Report of the Municipal Commissioner on the plague in Bombay for the year ending 31st May... - Volume 2
Disease focus: Plague
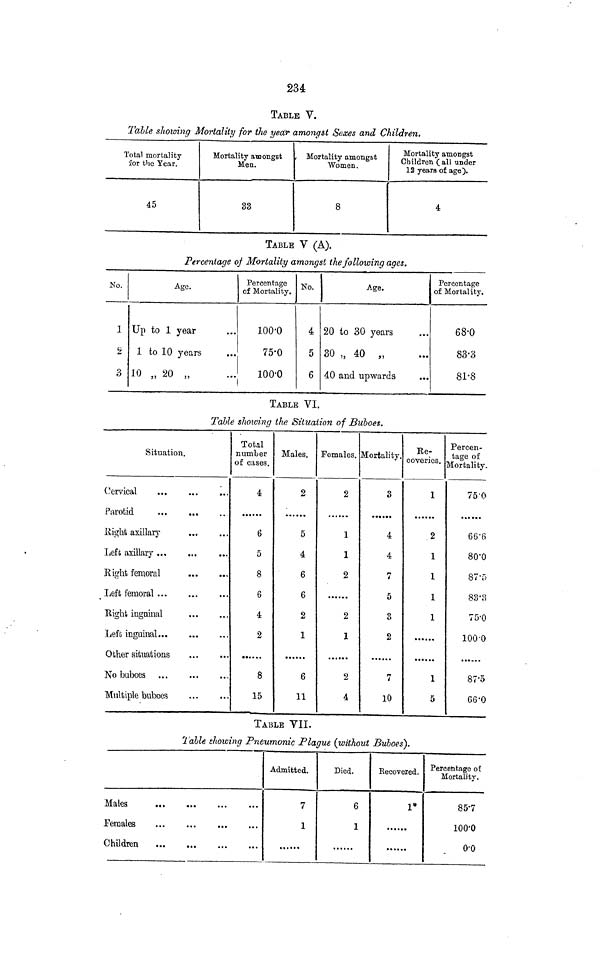
234
TABLE V.
Table showing Mortality for the yea'r amongst Sexes and Children.
Total mortality
for the Year.
45
Mortality amongst
Men.
33
, Mortality amongst
Women.
8
Mortality amongst
Children ( all under
12 years of age).
4
TABLE V (A).
Percentage of Mortality amongst the following ages.
No.
1
2
3
Age.
Up to 1 year
1 to 10 years
10 „ 20 „
Percentage
of Mortality.
100-0
75-0
100-0
No.
4
5
6
Age.
20 to 30 years
30 „ 40 „
40 and upwards
Percentage
of Mortality,
68-0
83-3
81-8
TABLE VI.
Table shoiving the Situation of Buboes.
Situation.
Cervical
Parotid
Eight axillary
Left axillary ..,
Right femoral
Left femoral
Eight inguinal
Left inguinal
Other situations
No buboes
Multiple buboes
Total
number
of cases.
4
6
5
8
6
4
2
8
15
Males.
2
5
4
6
6
2
1
6
11
Females.
2
1
1
2
2
1
2
4
Mortality.
3
4
4
7
5
3
2
7
10
Ee-
coveries.
1
2
1
1
1
1
1
5
Percen-
tage of
Mortality,
75-0
66'6
80'0
87-5
83'8
75-0
100-0
87'5
66'0
TABLE VII.
Table showing Pneumonic Plague (without Buboes).
Peraales
Children
Admitted.
7
1
Died.
6
1
Kecovered.
1*
......
Percentage o£
Mortality.
85'7
lOO'O
o-o